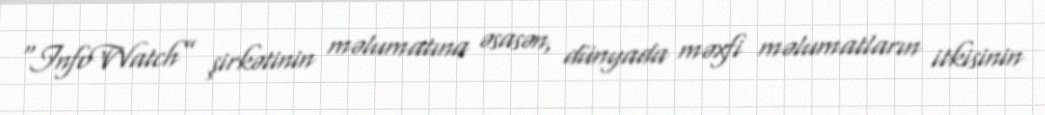
“InfoWatch” şirkətinin məlumatına əsasən, dünyada məxfi məlumatların itkisinin